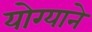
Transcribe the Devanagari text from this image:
योग्याने